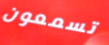
تسمعون